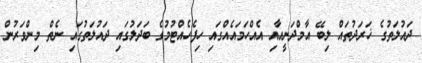
ދައުލަތުގެ ޚަރަދުތައް ލިބޭ އާމްދަނީއާއި އެއްހަމައެއްގައި ހިފެހެއްޓުމުގެ ބަދަލުގައި ދައުލަތުގައި ނެތް މިންވަރުން